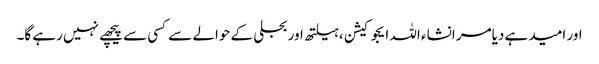
اور امید ہے دیامر انشاء اللہ ایجوکیشن ،ہیلتھ اور بجلی کے حوالے سے کسی سے پیچھے نہیں رہے گا۔